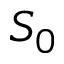
S _ { 0 }